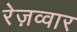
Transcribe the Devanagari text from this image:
रेज़व्वार